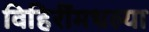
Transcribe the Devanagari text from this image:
विहिरींमधल्या